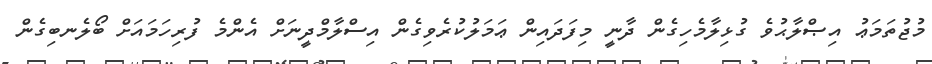
މުޖުތަމަޢު އިޞްލާޙުވެ ގުޅިލާމެހިގެން ދާނީ މިފަދައިން ޢަމަލުކުރެވިގެން އިސްލާމްދީނަށް އެންމެ ފުރިހަމައަށް ބޯލެނބިގެން